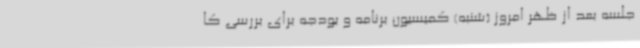
جلسه بعد از ظهر امروز (شنبه) کمیسیون برنامه و بودجه برای بررسی کا